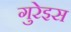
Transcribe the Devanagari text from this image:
गुरेइस